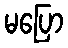
မပြော